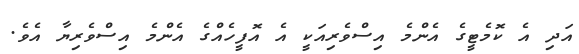
އަދި އެ ކޮމެޓީގެ އެންމެ އިސްވެރިއަކީ އެ އޮފީހެއްގެ އެންމެ އިސްވެރިޔާ އެވެ.